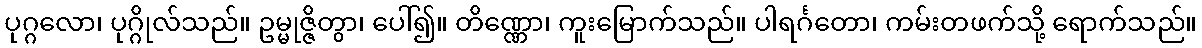
ပုဂ္ဂလော၊ ပုဂ္ဂိုလ်သည်။ ဥမ္မုဇ္ဇိတွာ၊ ပေါ်၍။ တိဏ္ဏော၊ ကူးမြောက်သည်။ ပါရင်္ဂတော၊ ကမ်းတဖက်သို့ ရောက်သည်။